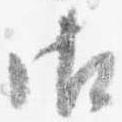
御